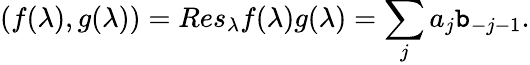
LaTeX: (f(\lambda),g(\lambda))=Res_{\lambda}f(\lambda)g(\lambda)=\sum_{j}a_{j}\mathtt{b}_{-j-1}.